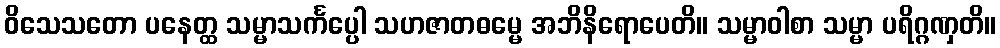
ဝိသေသတော ပနေတ္ထ သမ္မာသင်္ကပ္ပေါ သဟဇာတဓမ္မေ အဘိနိရောပေတိ။ သမ္မာဝါစာ သမ္မာ ပရိဂ္ဂဏှတိ။